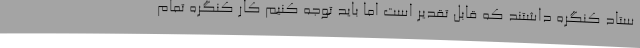
ستاد کنگره داشتند که قابل تقدیر است اما باید توجه کنیم کار کنگره تمام